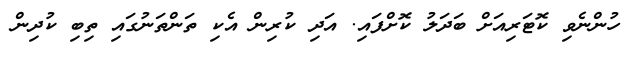
ހުންނެވި ކޮޓަރިއަށް ބަދަލު ކޮށްފައި. އަދި ކުރިން އެކި ތަންތަނުގައި ތިބި ކުދިން